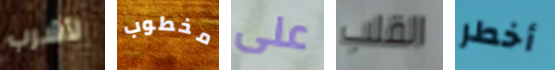
لأشرب مخطوب على القلب أخطر